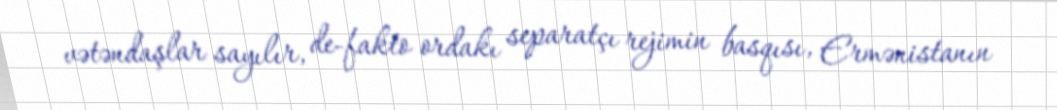
vətəndaşlar sayılır, de-fakto ordakı separatçı rejimin basqısı, Ermənistanın